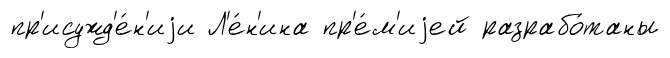
пр'исужд'е́н'иjи Л'е́н'ина пр'е́м'иjей разрабо́таны